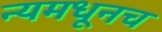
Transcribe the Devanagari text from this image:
न्यमधूनच